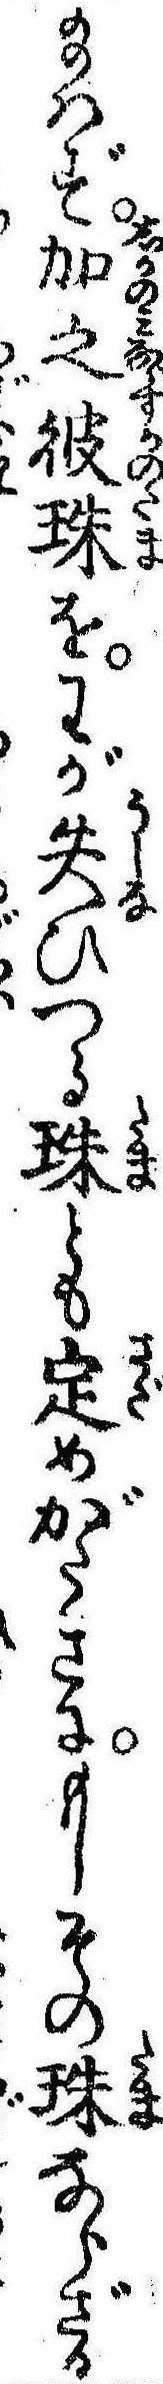
給はず加之彼珠をわが失ひつる珠とも定めがたきにもしその珠ならざる